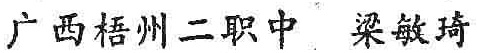
广西梧州二职中 梁敏琦